Annual report of the Bengal Veterinary College and of the Civil Veterinary Department, Bengal, for the year 1917-18 - 1917-1918
Year: 1917
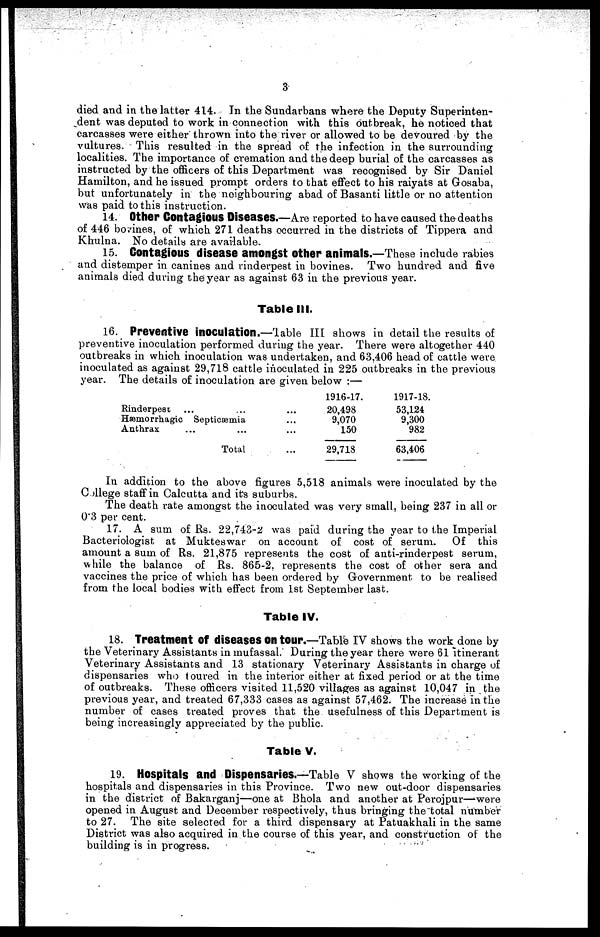
3
died and in the latter 414. In the Sundarbans where the Deputy Superinten-
dent was deputed to work in connection with this outbreak, he noticed that
carcasses were either thrown into the river or allowed to be devoured by the
vultures. This resulted in the spread of the infection in the surrounding
localities. The importance of cremation and the deep burial of the carcasses as
instructed by the officers of this Department was recognised by Sir Daniel
Hamilton, and he issued prompt orders to that effect to his raiyats at Gosaba,
but unfortunately in the neighbouring abad of Basanti little or no attention
was paid to this instruction.
14. Other Contagious Diseases.—Are reported to have caused the deaths
of 446 bovines, of which 271 deaths occurred in the districts of Tippera and
Khulna. No details are available.
15. Contagious disease amongst other animals.—These include rabies
and distemper in canines and rinderpest in bovines. Two hundred and five
animals died during the year as against 63 in the previous year.
Table III.
16. Preventive inoculation.—Table III shows in detail the results of
preventive inoculation performed during the year. There were altogether 440
outbreaks in which inoculation was undertaken, and 63,406 head of cattle were
inoculated as against 29,718 cattle inoculated in 225 outbreaks in the previous
year. The details of inoculation are given below :—
Rinderpest ... ...
Hæmorrhagic Septicæmia
Anthrax ... ...
Total
...
...
...
...
1916-17.
20,498
9,070
150
29,718
1917-18.
53,124
9,300
982
63,406
In addition to the above figures 5,518 animals were inoculated by the
College staff in Calcutta and its suburbs.
The death rate amongst the inoculated was very small, being 237 in all or
0'3 per cent.
17. A sum of Rs. 22,743-2 was paid during the year to the Imperial
Bacteriologist at Mukteswar on account of cost of serum. Of this
amount a sum of Rs. 21,875 represents the cost of anti-rinderpest serum,
while the balance of Rs. 865-2, represents the cost of other sera and
vaccines the price of which has been ordered by Government to be realised
from the local bodies with effect from 1st September last.
Table IV.
18. Treatment Of diseases On tour.—Table IV shows the work done by
the Veterinary Assistants in mufassal. During the year there were 61 itinerant
Veterinary Assistants and 13 stationary Veterinary Assistants in charge of
dispensaries who toured in the interior either at fixed period or at the time
of outbreaks. These officers visited 11,520 villages as against 10,047 in the
previous year, and treated 67,333 cases as against 57,462. The increase in the
number of cases treated proves that the usefulness of this Department is
being increasingly appreciated by the public.
Table V.
19. Hospitals and Dispensaries.—Table V shows the working of the
hospitals and dispensaries in this Province. Two new out-door dispensaries
in the district of Bakarganj—one at Bhola and another at Perojpur—were
opened in August and December respectively, thus bringing the total number
to 27. The site selected for a third dispensary at Patuakhali in the same
District was also acquired in the course of this year, and construction of the
building is in progress.